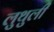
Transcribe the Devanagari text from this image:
लुथुली